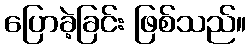
ပြောခဲ့ခြင်း ဖြစ်သည်။